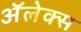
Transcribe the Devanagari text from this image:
अॅलेक्स